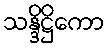
သန္ဒိဋ္ဌိကော